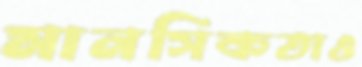
মানসিকতাও